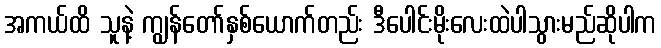
အကယ်ထိ သူနဲ့ ကျွန်တော်နှစ်ယောက်တည်း ဒီပေါင်းမိုးလေးထဲပါသွားမည်ဆိုပါက